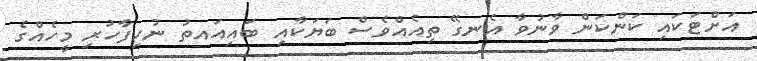
އަށްޓަކައި ކަންކަން ވާނުވާ އެނގޭ ތިއެއްވެސް ބަޔަކާއި ބައިއައތު ނުހިފާހުރި މީހެއްގެ